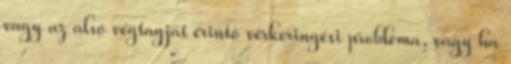
vagy az alsó végtagját érintő vérkeringési probléma, vagy ha